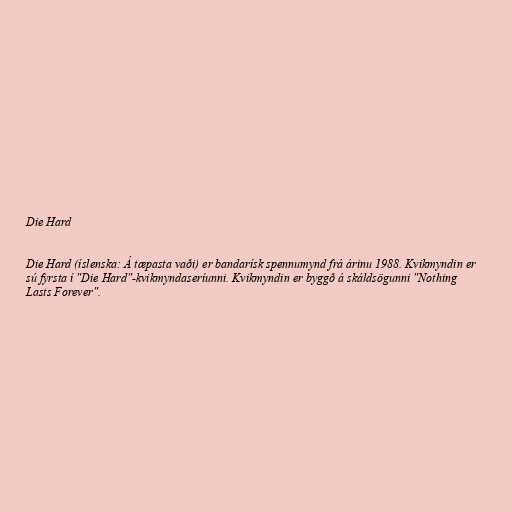
Die Hard

Die Hard (íslenska: Á tæpasta vaði) er bandarísk spennumynd frá árinu 1988. Kvikmyndin er
sú fyrsta í "Die Hard"-kvikmyndaseríunni. Kvikmyndin er byggð á skáldsögunni "Nothing
Lasts Forever".